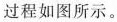
过程如图所示。